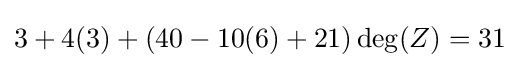
3+4(3)+(40-10(6)+21)\deg(Z)=31